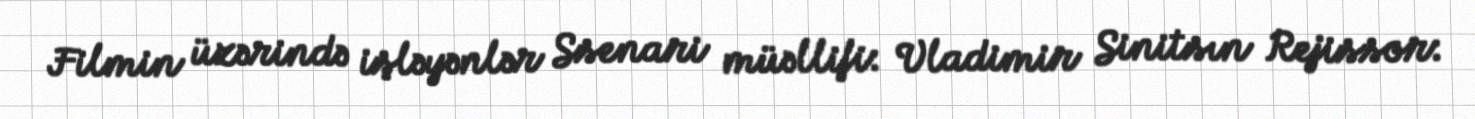
Filmin üzərində işləyənlər Ssenari müəllifi: Vladimir Sinitsın Rejissor: